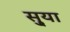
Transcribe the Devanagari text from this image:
सु्या